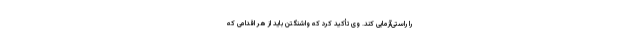
را راستی‌آزمایی کند. وی تأکید کرد که واشنگتن باید از هر اقدامی که